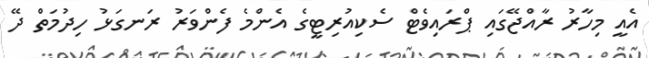
އެއީ މިހާރު ރާއްޖޭގައި ޕްރައިވެޓް ސެކިއުރިޓީގެ އެންމެ ފެންވަރު ރަނގަޅު ހިދުމަތް ދޭ